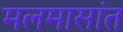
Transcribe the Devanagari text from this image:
मलमासांत